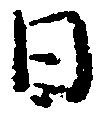
日